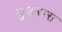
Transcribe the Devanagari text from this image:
डुकरास